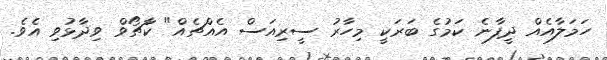
ހަމަލާއެއް ދީފާނެ ކަމުގެ ބަރަކީ މިހާރު ސީރިއަސް އެއްޗެއް" ކާޗޯވް ވިދާޅުވި އެވެ.